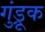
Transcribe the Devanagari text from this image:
गुंड्रूक